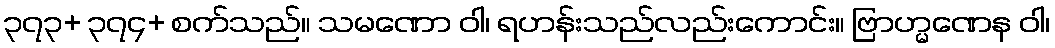
၃၇၃+ ၃၇၄+ စက်သည်။ သမဏော ဝါ၊ ရဟန်းသည်လည်းကောင်း။ ဗြာဟ္မဏေန ဝါ၊